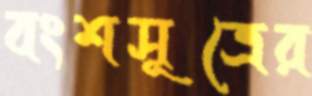
বংশসূত্রের